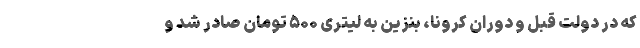
که در دولت قبل و دوران کرونا، بنزین به لیتری ۵۰۰ تومان صادر شد و